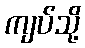
ကျပ်သို့